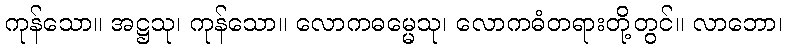
ကုန်သော။ အဋ္ဌသု၊ ကုန်သော။ လောကဓမ္မေသု၊ လောကဓံတရားတို့တွင်။ လာဘော၊